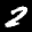
Label: 2